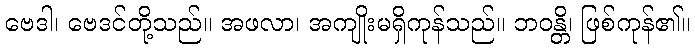
ဗေဒါ၊ ဗေဒင်တို့သည်။ အဖလာ၊ အကျိုးမရှိကုန်သည်။ ဘဝန္တိ၊ ဖြစ်ကုန်၏။